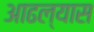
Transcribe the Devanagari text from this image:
आढल्यास